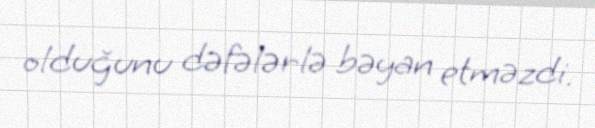
olduğunu dəfələrlə bəyan etməzdi.